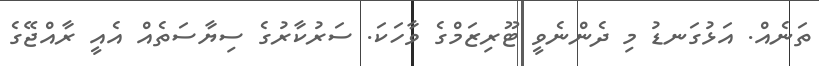
ތަނެއް. އަޅުގަނޑު މި ދެންނެވީ ޓޫރިޒަމްގެ ވާހަކަ. ސަރުކާރުގެ ސިޔާސަތެއް އެއީ ރާއްޖޭގެ